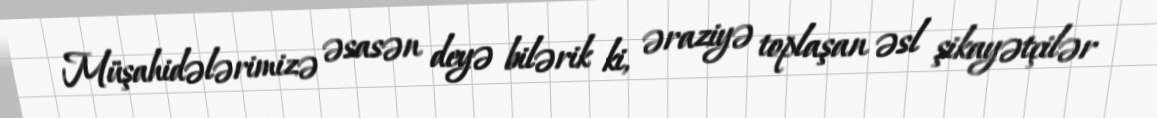
Müşahidələrimizə əsasən deyə bilərik ki, əraziyə toplaşan əsl şikayətçilər